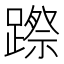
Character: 𨄊